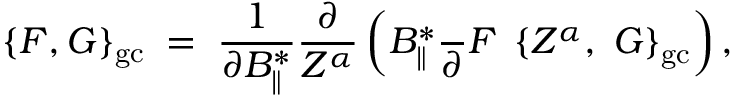
\{ { \cal F } , { \cal G } \} _ { \mathrm { g c } } \; = \; \frac { 1 } { \partial B _ { \| } ^ { * } } \frac { \partial } { Z ^ { \alpha } } \left( B _ { \| } ^ { * } \frac { } { \partial } { \cal F } \; \left\{ Z ^ { \alpha } , \; { \cal G } \right\} _ { \mathrm { g c } } \right) ,